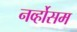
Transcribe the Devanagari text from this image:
नर्व्होसम